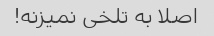
اصلا به تلخی نمیزنه!